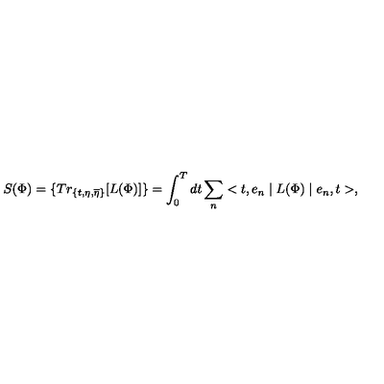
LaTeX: S ( \Phi ) = \{ T r _ { \{ t , \eta , \overline { { \eta } } \} } [ L ( \Phi ) ] \} = \int _ { 0 } ^ { T } d t \sum _ { n } < t , e _ { n } \mid L ( \Phi ) \mid e _ { n } , t > ,